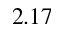
2 . 1 7